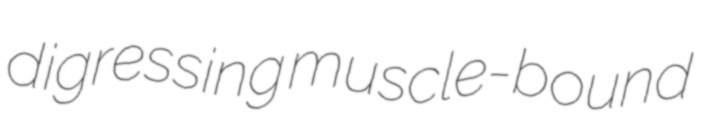
digressing muscle-bound